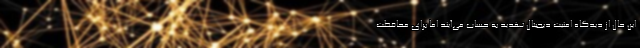
این حال از دیدگاه امنیت دیجیتال تهدید به حساب می‌آیند اما برای محافظت